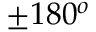
\pm 1 8 0 ^ { o }